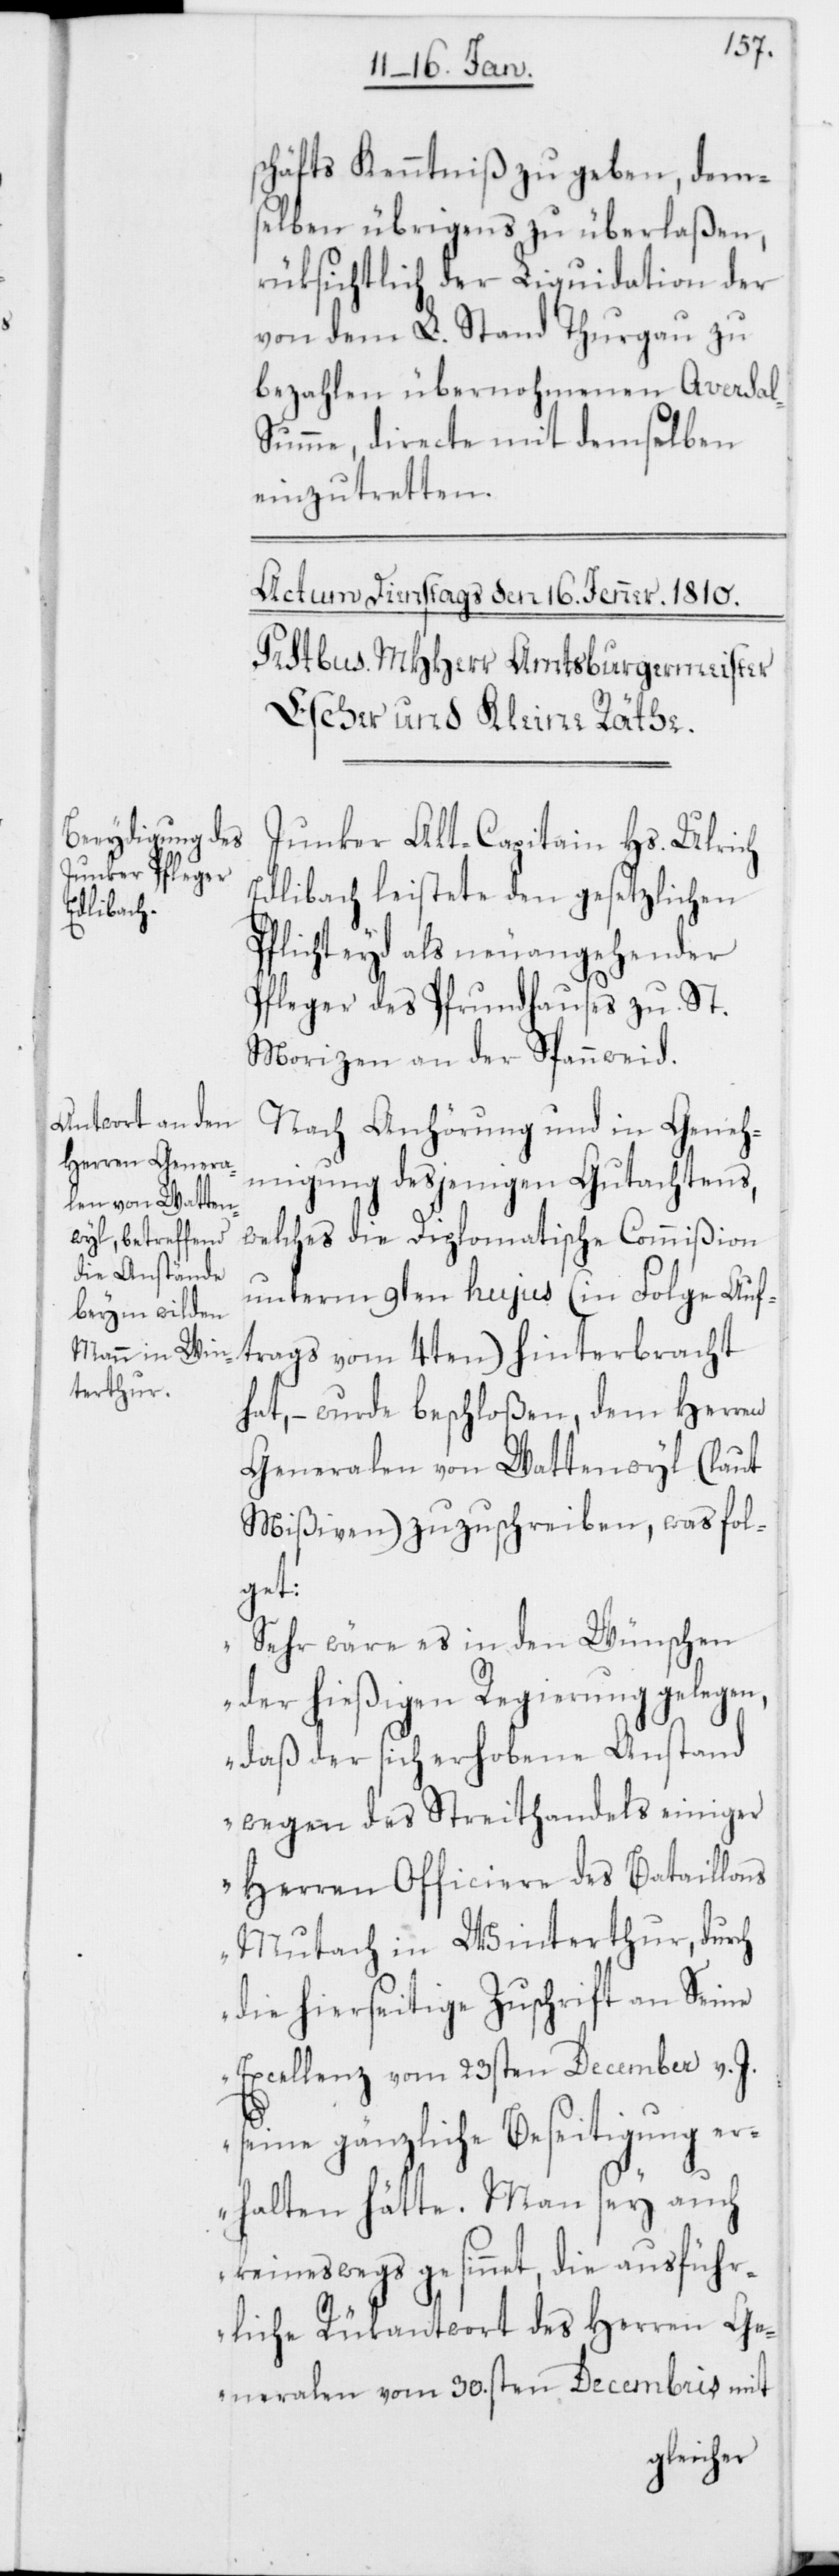
schäfts Kenntniß zu geben, dem¬
selben übrigens zu überlaßen,
rüksichtlich der Liquidation der
von dem L. Stand Thurgau zu
bezahlen übernohmenen Aversal-S¬
umme, directe mit demselben
einzutretten.
Junker Alt-Capitain Hs. Ulrich
Edlibach leistete den gesetzlichen
Pflichteyd als neuangehender
Pfleger des Pfrundhauses zu St.
Morizen an der Spannweid.
Nach Anhörung und in Geneh¬
migung desjenigen Gutachtens,
welches die Diplomatische Commißion
unterm 9ten hujus (in Folge Auf¬
trags vom 4ten) hinterbracht
hat, – wurde beschloßen, dem Herren
Generalen von Wattenwyl (laut
Mißiven) zuzuschreiben, was fol¬
get:
„Sehr wäre es in den Wünschen
der hießigen Regierung gelegen,
daß der sich erhobene Anstand
wegen des Streithandels einiger
Herren Officiere des Bataillons
Mutach in Winterthur, durch
die hierseitige Zuschrift an Seine
Excellenz vom 23sten December v. J.
seine gänzliche Beseitigung er¬
halten hätte. Man sey auch
keineswegs gesinnt, die ausführ¬
liche Rükantwort des Herren Ge¬
neralen vom 30.sten Decembris mit